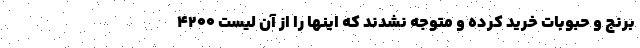
برنج و حبوبات خرید کرده و متوجه نشدند که اینها را از آن لیست 4200